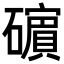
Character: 𥖶